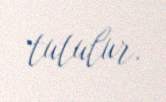
tutulur.